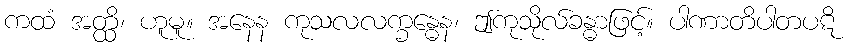
ကထံ အတ္ထိ၊ ဟူမူ။ အနေန ကုသလလက္ခန္ဓေန၊ ဤကုသိုလ်ခန္ဓာဖြင့်။ ပါဏာတိပါတပဋိ